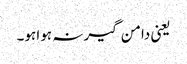
یعنی دامن گیر نہ ہوا ہو۔